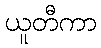
ယူတီကာ